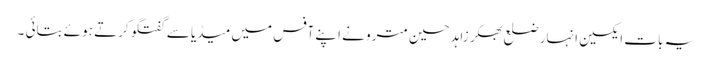
یہ بات ایکسین انہار ضلع بھکر زاہد حسین مترو نے اپنے آفس میں میڈیا سے گفتگو کرتے ہوئے بتائی ۔